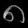
Digit: ၈